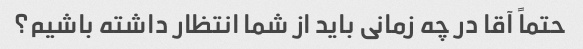
حتماً آقا در چه زمانی باید از شما انتظار داشته باشیم؟